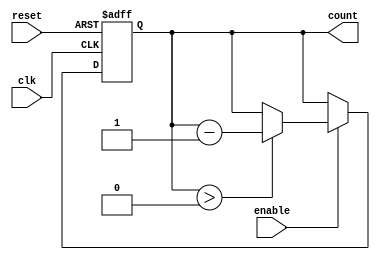
module down_counter #(
    parameter N = 4                  // Number of bits for the counter
)(
    input wire clk,                  // Clock signal
    input wire reset,                // Asynchronous reset signal
    input wire enable,               // Enable signal for counting down
    output reg [N-1:0] count         // Current value of the counter
);

    // Maximum value the counter can hold (N bits represent 0 to 2^N - 1)
    localparam MAX_COUNT = (1 << N) - 1; // This computes 2^N - 1

    always @(posedge clk or posedge reset) begin
        if (reset) begin
            // Reset condition: Set counter to maximum value
            count <= MAX_COUNT;
        end else if (enable) begin
            // Count down if enabled and not at zero
            if (count > 0) begin
                count <= count - 1;
            end
            // If count is zero, hold the value at 0
            // If wrap-around behavior is desired, uncomment below
            // else begin
            //    count <= MAX_COUNT; // Uncomment for wrap-around to max value
            // end
        end
        // If enable is low, count retains its value
    end

endmodule